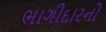
ભાગીદારનો